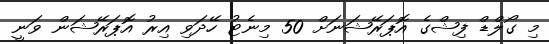
މި ގޯލްޑް ފިޝްގެ އޮޕަރޭޝަނަށް 50 މިނެޓު ހޭދަވި އިރު އޮޕަރޭޝަން ވަނީ